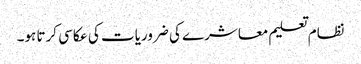
نظام تعلیم معاشرے کی ضروریات کی عکاسی کرتا ہو۔